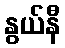
နွယ်နီ